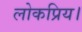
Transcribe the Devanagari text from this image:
लोकप्रिय।